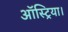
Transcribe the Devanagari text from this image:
ऑस्ट्रिया।